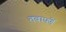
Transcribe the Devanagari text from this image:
तवापर्णे